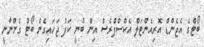
ބޯޓްގެ އެޖެންޑް އޮރިއެންޓަލް އެކްސްޕްރެސް އިން ބުނީ ކަފު ޖަހައިގެން ބޯޓު ގެންނާނީ